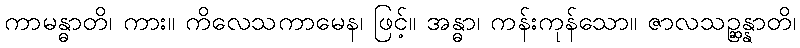
ကာမန္ဓာတိ၊ ကား။ ကိလေသကာမေန၊ ဖြင့်။ အန္ဓာ၊ ကန်းကုန်သော။ ဇာလသဉ္ဆန္နာတိ၊